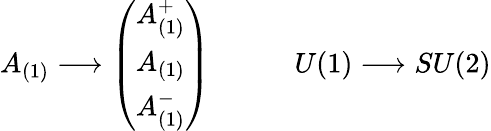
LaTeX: A_{(1)}\longrightarrow\left(\begin{array}{l}{{A_{(1)}^{+}}}\\ {{A_{(1)}}}\\ {{A_{(1)}^{-}}}\end{array}\right)\qquad\quad U(1)\longrightarrow SU(2)